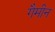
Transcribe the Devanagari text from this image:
गैमीन